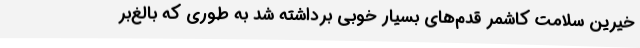
خیرین سلامت کاشمر قدم‌های بسیار خوبی برداشته شد به‌ طوری که بالغ‌بر